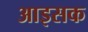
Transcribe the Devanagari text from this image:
आइसक